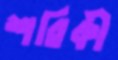
শরিকী